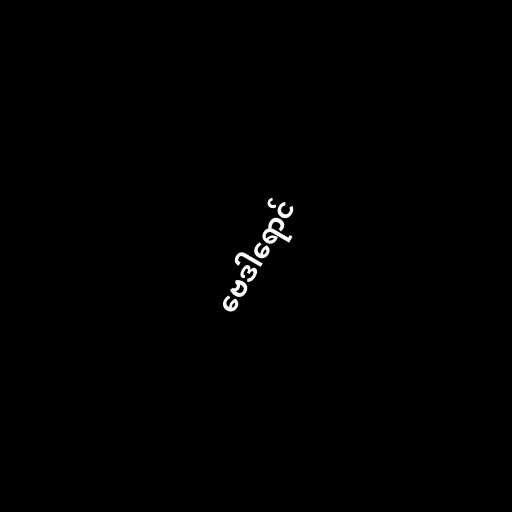
ဗေဒါရောင်